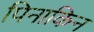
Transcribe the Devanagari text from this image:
पिनाकिन